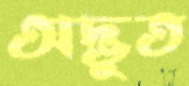
অদ্ভুত